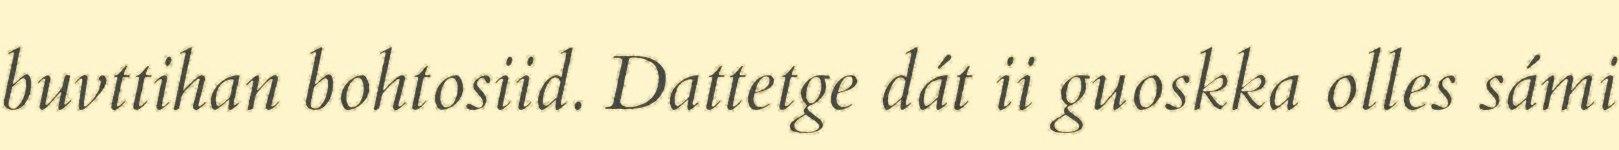
buvttihan bohtosiid. Dattetge dát ii guoskka olles sámi